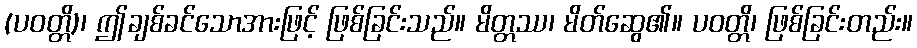
(ပဝတ္တိ)၊ ဤချစ်ခင်သောအားဖြင့် ဖြစ်ခြင်းသည်။ မိတ္တဿ၊ မိတ်ဆွေ၏။ ပဝတ္တိ၊ ဖြစ်ခြင်းတည်း။